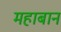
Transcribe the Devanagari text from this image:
महाबान